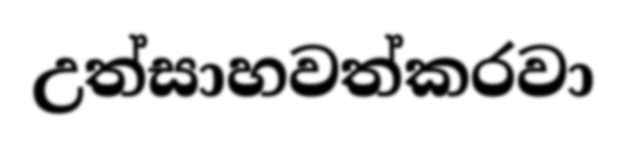
උත්සාහවත්කරවා